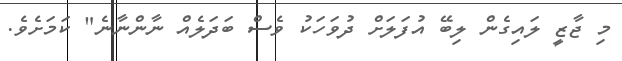
މި ޖާޒީ ލައިގެން ލިބޭ އުފަލަށް ދުވަހަކު ވެސް ބަދަލެއް ނާންނާނެ" ކަމަށެވެ.